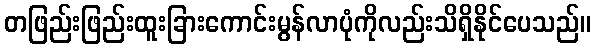
တဖြည်းဖြည်းထူးခြားကောင်းမွန်လာပုံကိုလည်းသိရှိနိုင်ပေသည်။